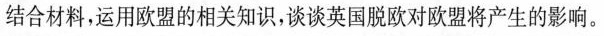
结合材料，运用欧盟的相关知识，谈谈英国脱欧对欧盟将产生的影响。